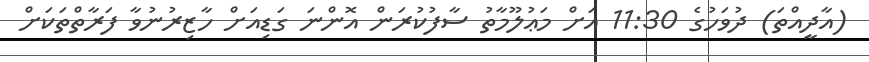
(އާދީއްތަ) ދުވަހުގެ 11:30 އަށް މަޢުލޫމާތު ސާފުކުރަން އޮންނަ ގަޑިއަށް ހާޒިރުނުވާ ފަރާތްތަކަށް